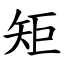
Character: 矩